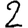
Digit: 2